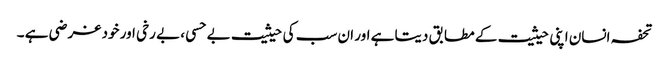
تحفہ انسان اپنی حیثیت کے مطابق دیتا ہے اور ان سب کی حیثیت بے حسی ، بے رخی اور خود غر ضی ہے ۔